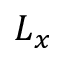
L _ { x }